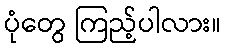
ပုံတွေ ကြည့်ပါလား။